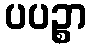
ပပဉ္စာ